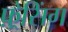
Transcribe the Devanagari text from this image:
फ़्रेसिंग